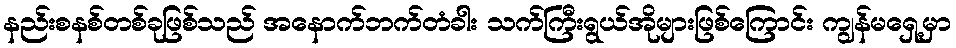
နည်းစနစ်တစ်ခုဖြစ်သည် အနောက်ဘက်တံခါး သက်ကြီးရွယ်အိုများဖြစ်ကြောင်း ကျွန်မရှေ့မှာ